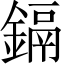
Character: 鎘